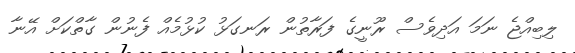
ލިބިއްޖެ ނަމަ އަދިވެސް ރޫނީގެ ފަރާތުން ރަނގަޅު ކުޅުމެއް ފެނުން ގާތްކަށް އޭނާ